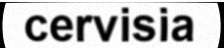
cervisia